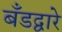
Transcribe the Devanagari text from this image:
बँडद्वारे